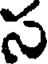
స